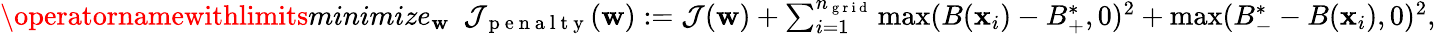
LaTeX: \begin{array}{r}{\operatornamewithlimits{minimize}_{\mathbf{w}}\ \ \mathcal{J}_{\mathrm{~p~e~n~a~l~t~y~}}(\mathbf{w}):=\mathcal{J}(\mathbf{w})+\sum_{i=1}^{{n_{\mathrm{~g~r~i~d~}}}}\operatorname*{max}(B(\mathbf{x}_{i})-B_{+}^{*},0)^{2}+\operatorname*{max}(B_{-}^{*}-B(\mathbf{x}_{i}),0)^{2},}\end{array}